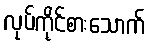
လုပ်ကိုင်စားသောက်